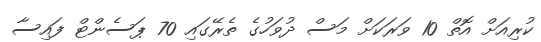
ކުރިއަށް އޮތް 10 ވަރަކަށް މަސް ދުވަހުގެ ތެރޭގައި 70 ޕަސެންޓް ފައިސާ